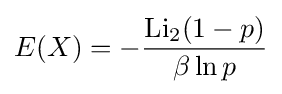
E(X)=-{\frac {\operatorname {Li} _{2}(1-p)}{\beta \ln p}}